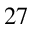
^ { 2 7 }